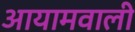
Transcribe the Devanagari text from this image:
आयामवाली